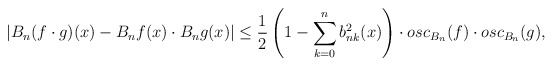
\begin{align*}\left|B_n(f\cdot g)(x)-B_nf(x)\cdot B_ng(x)\right|\leq\frac{1}{2}\left(1-\sum^{n}_{k=0}{b^2_{nk}(x)}\right)\cdot osc_{B_n}(f)\cdot osc_{B_n}(g),\end{align*}